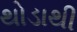
થોડાથી